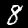
Digit: 8